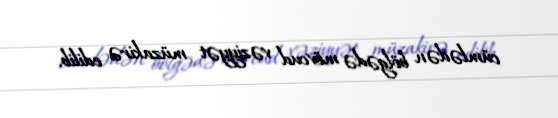
cümlədən bölgədə mövcud vəziyyət müzakirə edilib.